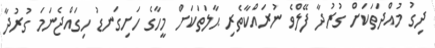
ދިގު މުއްދަތަކަށް ގުރުދާ ފޭލްވެ ނުރައްކާތެރި ޙާލަތަކަށް މީހާގެ ހަށިގަނޑު ހިގައްޖެނަމަ ގުރުދާ